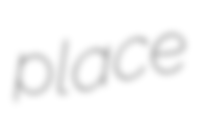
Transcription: place